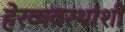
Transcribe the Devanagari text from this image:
हेरव्यवस्थांशी